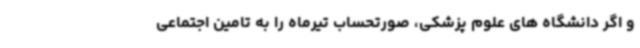
و اگر دانشگاه های علوم پزشکی، صورتحساب تیرماه را به تامین اجتماعی